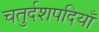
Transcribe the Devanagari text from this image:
चतुर्दशपदियाँ